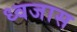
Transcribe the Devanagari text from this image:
ध्वजास